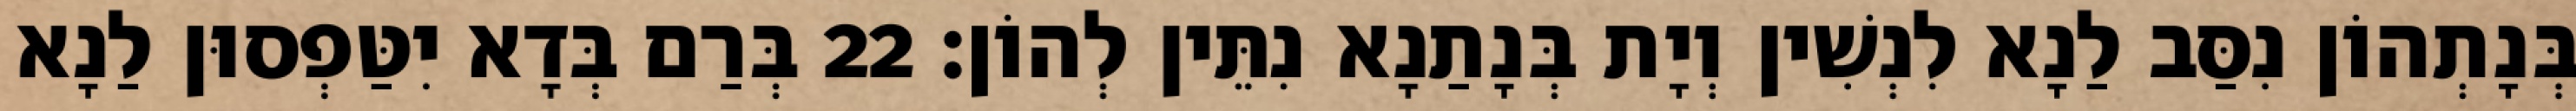
בְּנָתְהוֹן נִסַּב לַנָא לִנְשִׁין וְיָת בְּנָתַנָא נִתֵּין לְהוֹן׃ 22 בְּרַם בְּדָא יִטַּפְסוּן לַנָא